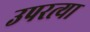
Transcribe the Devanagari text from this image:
उपरत्या